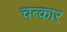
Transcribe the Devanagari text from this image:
चत्कार